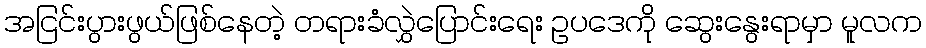
အငြင်းပွားဖွယ်ဖြစ်နေတဲ့ တရားခံလွှဲပြောင်းရေး ဥပဒေကို ဆွေးနွေးရာမှာ မူလက